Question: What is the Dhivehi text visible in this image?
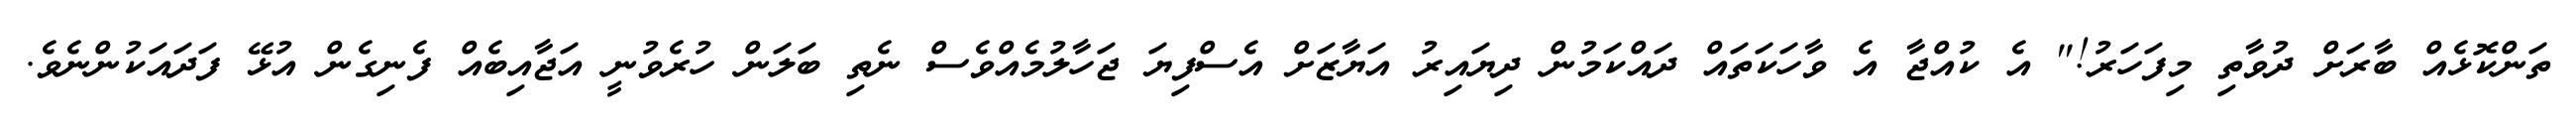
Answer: ތަންކޮޅެއް ބާރަށް ދުވާތި މިފަހަރު!" އެ ކުއްޖާ އެ ވާހަކަތައް ދައްކަމުން ދިޔައިރު އަޔާޒަށް އެސްފިޔަ ޖަހާލުމެއްވެސް ނެތި ބަލަން ހުރެވުނީ އަޖާއިބެއް ފެނިގެން އުޅޭ ފަދައަކުންނެވެ.